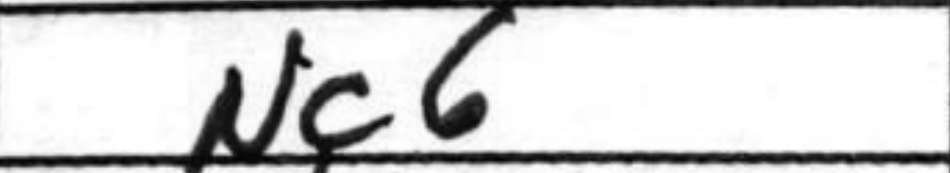
Transcription: Nc6